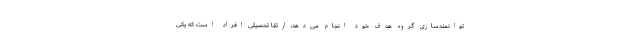
توانمندسازی گروه هدف خود انجام می‌دهد، ارتقا تحصیلی افراد است که یکی